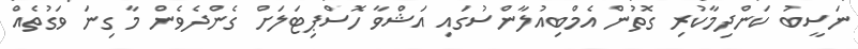
ނަސީބު ކަންދިމާކުރި ގޮތުން އެމްބިއުލާންސުގައި އަޝްވާ ހޮސްޕިޓަލަށް ގެންދެވެން މާ ގިނަ ވަގުތެއް